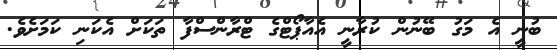
ބުނީ އެ މަގު ބޭނުން ކުރާނީ އެއާޕޯޓްގެ ޓްރާންސްފާ ތަކަށް އެކަނި ކަމަށެވެ.